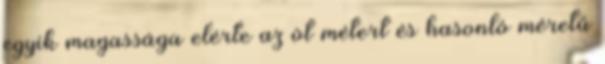
egyik magassága elérte az öt métert és hasonló méretű